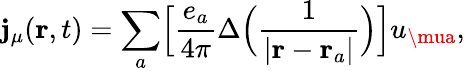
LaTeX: \mathbf{j}_{\mu}({\mathbf{r}},t)=\sum_{a}\Bigl[\frac{{e_{a}}}{{4\pi}}\Delta\Bigl(\frac{{1}}{{\vert{\mathbf{r}}-{\mathbf{r}}_{a}\vert}}\Bigr)\Bigr]u_{\mua},